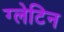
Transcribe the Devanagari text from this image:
ग्लेटिन